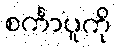
စင်္ကာပူကို